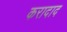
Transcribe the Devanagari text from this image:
करादाद